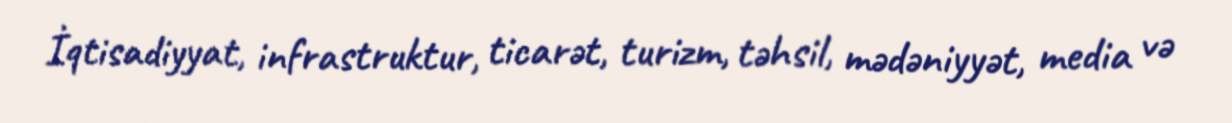
İqtisadiyyat, infrastruktur, ticarət, turizm, təhsil, mədəniyyət, media və